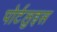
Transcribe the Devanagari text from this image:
पोर्टलुइस